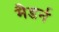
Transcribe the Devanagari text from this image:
मैडर्न